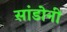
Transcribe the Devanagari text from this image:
सांडोनी